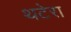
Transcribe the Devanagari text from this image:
थटेरा